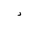
Letter: _dal